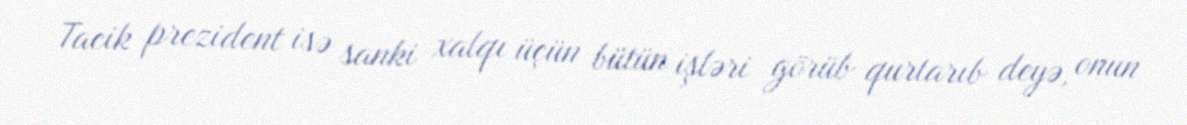
Tacik prezident isə sanki xalqı üçün bütün işləri görüb qurtarıb deyə, onun